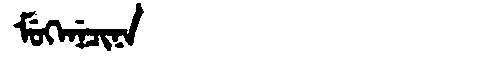
Manchu: ᠮᡠᡴᡝᠨᡝᠴᡳᠨᠠ
Romanization: MUKENECINA